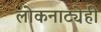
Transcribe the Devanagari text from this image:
लोकनाट्येही